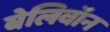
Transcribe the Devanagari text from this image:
बेलिवॉन